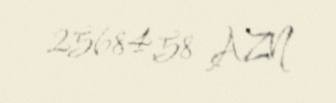
25684,58 AZN